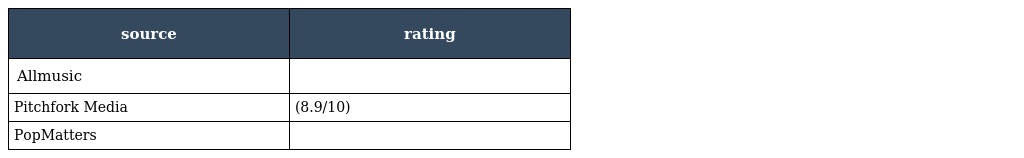
| source | rating |
 | --- | --- |
 | Allmusic |  |
 | Pitchfork Media | (8.9/10) |
 | PopMatters |  |